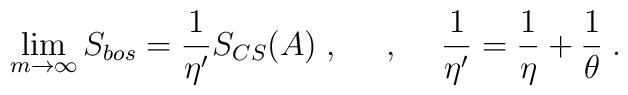
\lim_{m\rightarrow \infty }S_{bos}=\frac 1{\eta ^{\prime }}S_{CS}(A)\;,\makebox[.5in]{,}\frac 1{\eta ^{\prime }}=\frac 1\eta +\frac 1\theta \;.